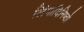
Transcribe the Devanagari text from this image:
लिंगादिनिष्ठो